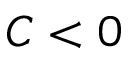
C < 0